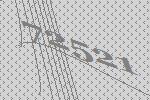
72521